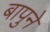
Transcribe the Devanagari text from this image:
बापुने